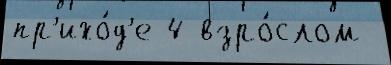
пр'ихо́д'е 4 взро́слом